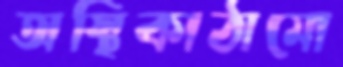
অস্থিকাঠামো